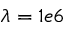
\lambda = 1 e 6